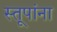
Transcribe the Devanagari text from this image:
स्तूपांना